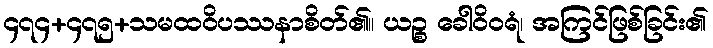
၄၇၄+၄၇၅+သမထဝိပဿနာစိတ်၏။ ယဉ္စ ခေါဝိဝရံ၊ အကြင်ဖြစ်ခြင်း၏